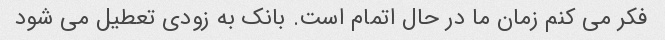
فکر می کنم زمان ما در حال اتمام است. بانک به زودی تعطیل می شود